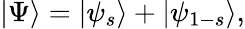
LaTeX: \vert\Psi\rangle=\vert\psi_{s}\rangle+\vert\psi_{1-s}\rangle,